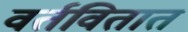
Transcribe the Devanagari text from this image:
वर्तवितात